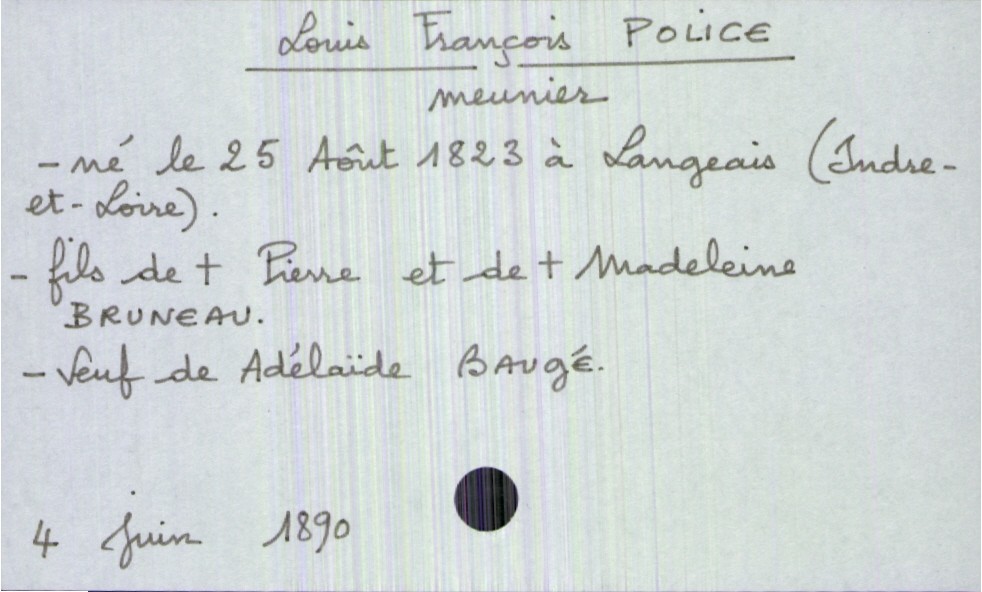
type_acte: Mariage
mère_mariée_statut: Police